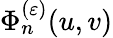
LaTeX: \Phi_{n}^{(\varepsilon)}(u,v)